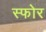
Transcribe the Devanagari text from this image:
स्फोर